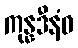
ကုန္နဒီနံဝ